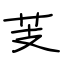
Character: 芰